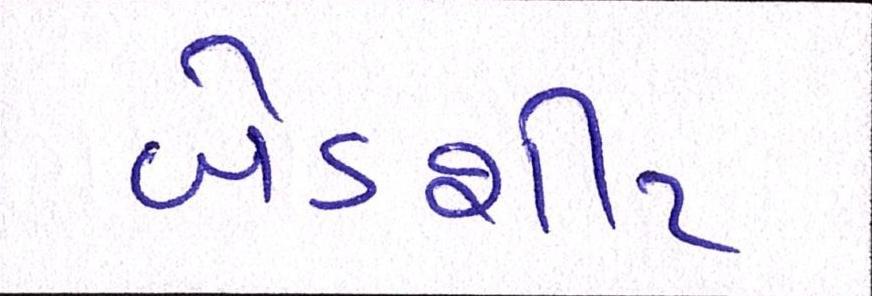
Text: બેડશીટ